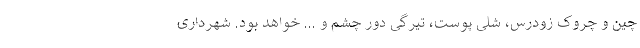
چین و چروک زودرس، شلی پوست، تیرگی دور چشم و … خواهد بود. شهرداری